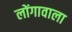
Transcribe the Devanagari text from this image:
लोंगावाला